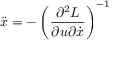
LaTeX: \ddot { x } = - \left( \frac { \partial ^ { 2 } L } { \partial u \partial \dot { x } } \right) ^ { - 1 }